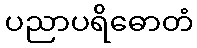
ပညာပရိဓောတံ